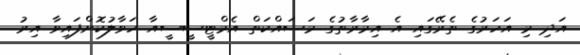
އަދި މި އަހަރުގެ ތެރޭގައި އެ އިމާރާތުގެ މަސައްކަތް އެމްޓީސީސީއާ ހަވާލުކޮށްފައިވާ އިރު